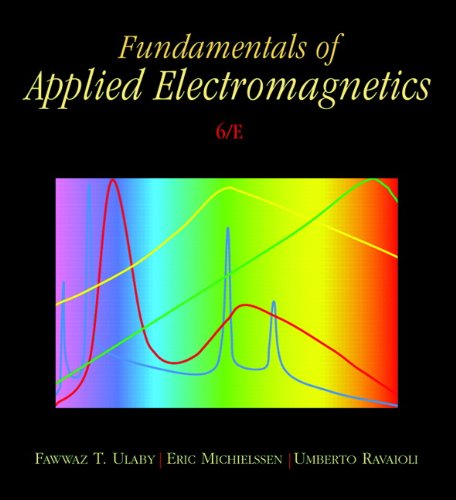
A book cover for Fundamentals of Applied Electromagnetics (6th Edition); Fawwaz T. Ulaby; Science & Math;